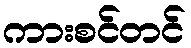
ကားစင်တင်